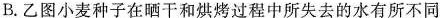
B.乙图小麦种子在晒干和烘烤过程中所失去的水有所不同